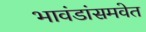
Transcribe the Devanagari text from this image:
भावंडांसमवेत